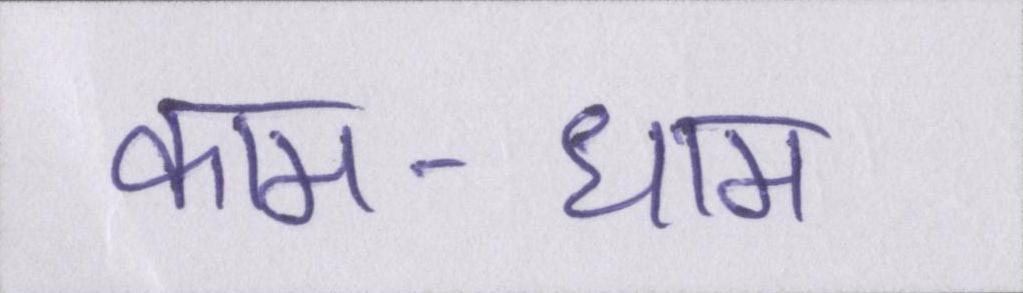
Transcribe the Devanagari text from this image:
काम-धाम